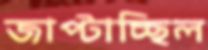
জাপ্‌টাচ্ছিল